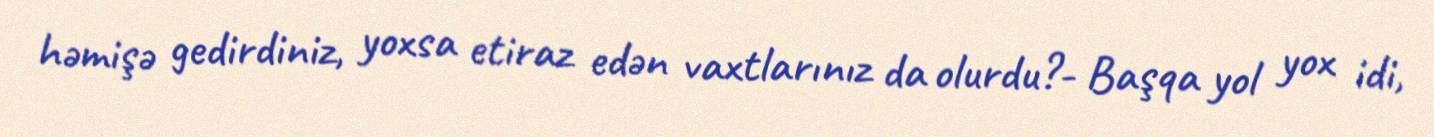
həmişə gedirdiniz, yoxsa etiraz edən vaxtlarınız da olurdu?- Başqa yol yox idi,